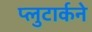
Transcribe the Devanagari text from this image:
प्लुटार्कने